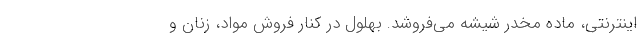
اینترنتی، ماده مخدر شیشه می‌فروشد. بهلول در کنار فروش مواد، زنان و